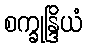
စက္ခုန္ဒြိယံ